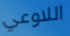
اللاوعي